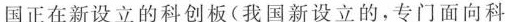
国正在新设立的科创板(我国新设立的，专门面向科